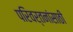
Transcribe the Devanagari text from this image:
परिवर्तनांसाठी